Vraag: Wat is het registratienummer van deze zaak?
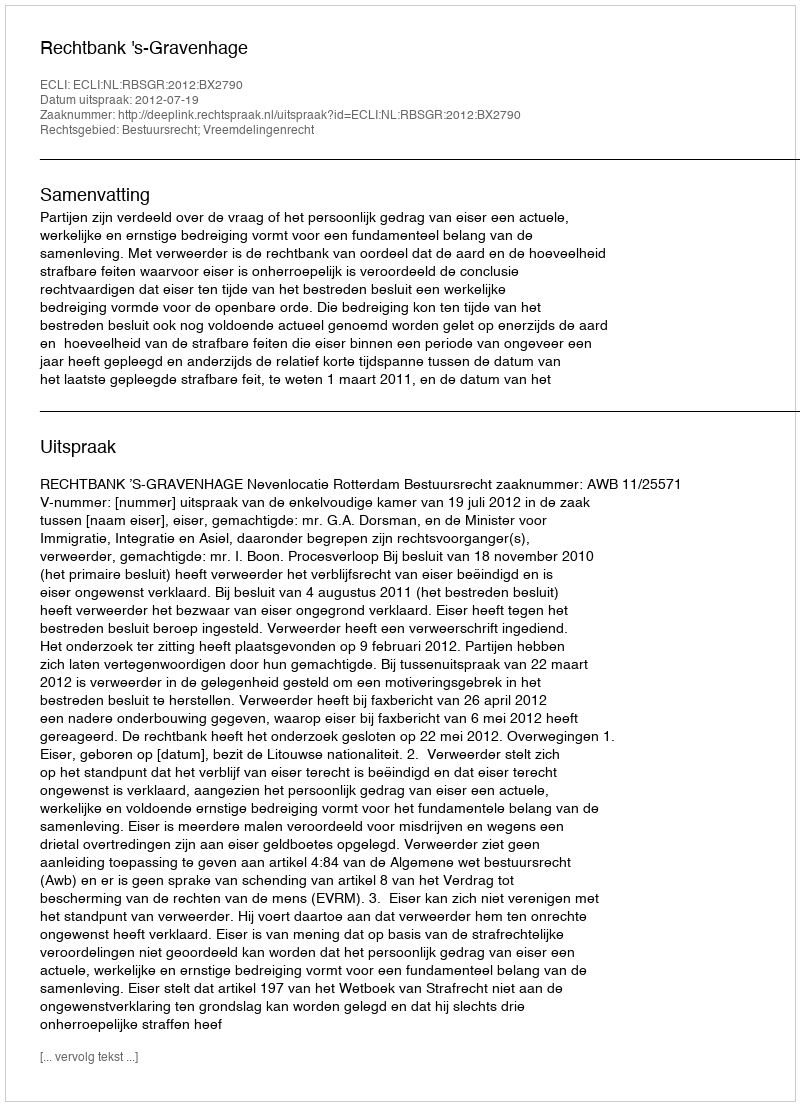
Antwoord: http://deeplink.rechtspraak.nl/uitspraak?id=ECLI:NL:RBSGR:2012:BX2790